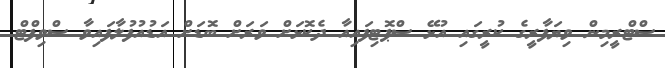
ސްޓްރީމިން ވިޔަފާރީގެ ކުރީގައި އުޅޭ ސްޕޮޓިފައިއާ ދެކޮޅަށް ވަރަށް ބޮޑަށް އަޑުއުފުލާފައިވާ ސްވިފްޓް